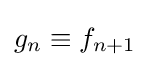
g_{n}\equiv f_{n+1}